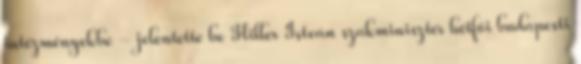
intézményekbe - jelentette be Hiller István szakminiszter hétfői budapesti